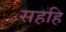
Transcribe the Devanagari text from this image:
सहहि